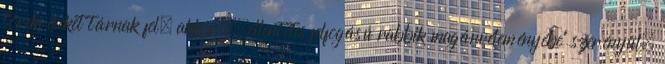
törekvéseket tárnak fel, akkor ,,ellentétes felfogású rabbik magánvéleményébe" szerényül,